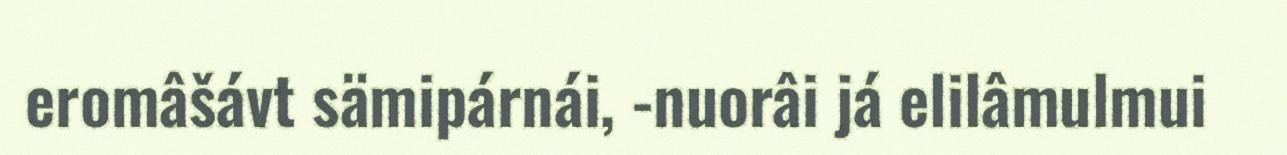
eromâšávt sämipárnái, -nuorâi já elilâmulmui